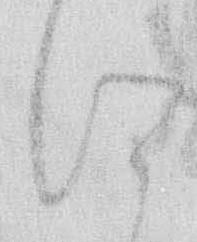
に